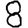
Digit: 8